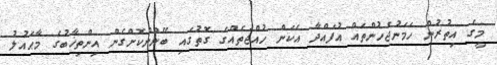
މީގެ އިތުރުން ހަމަނުޖެހުންތައް އުފައްދާ އެކަން ހުއްޖަތެއްގެ ގޮތުގައި ބޭނުންކޮށްގެން އިންތިޚާބުގެ މާޙައުލު